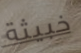
خبيثة